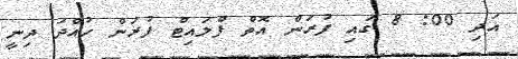
އަދި 00: 8 ގައި ފުރަން އޮތް ފްލައިޓް ފުރަން ހުއްދަ ދިނީ